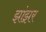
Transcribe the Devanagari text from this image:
झांझर